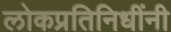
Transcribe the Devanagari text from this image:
लोकप्रतिनिधींनी